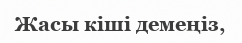
Жасы кіші демеңіз,